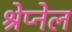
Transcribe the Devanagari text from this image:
श्रेप्नेल